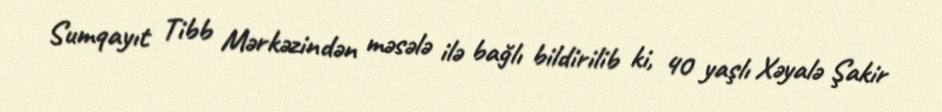
Sumqayıt Tibb Mərkəzindən məsələ ilə bağlı bildirilib ki, 40 yaşlı Xəyalə Şakir